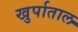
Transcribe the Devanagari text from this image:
खुर्पाताल